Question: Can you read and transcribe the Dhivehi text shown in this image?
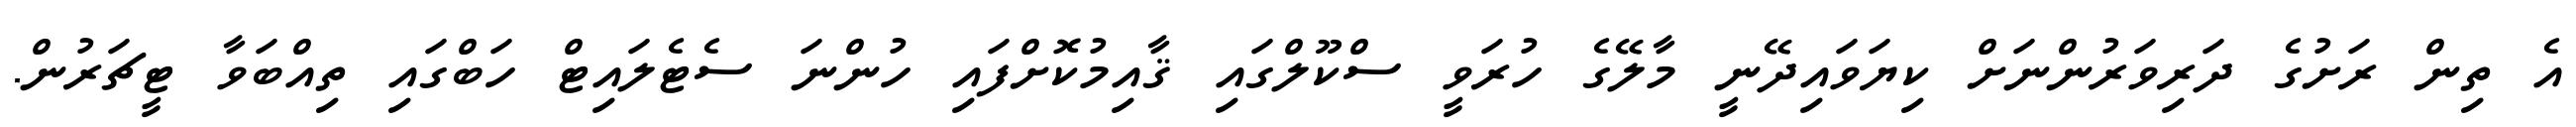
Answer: އެ ތިން ރަށުގެ ދަރިވަރުންނަށް ކިޔަވައިދޭނީ މާލޭގެ ހުރަވީ ސްކޫލްގައި ޤާއިމުކޮށްފައި ހުންނަ ސެޓެލައިޓް ހަބްގައި ތިއްބަވާ ޓީޗަރުން.